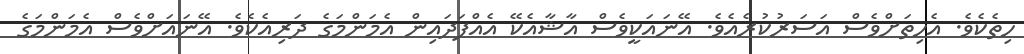
ހިތެކެވެ. އެހިތަށްވެސް އަސަރުކުރެއެވެ. އޭނައަކީވެސް އާޝާއެކޭ އެއްފަދައިން އެމަންމަގެ ދަރިއެކެވެ. އޭނައަށްވެސް އެމަންމަގެ